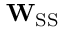
\mathbf { W } _ { \mathrm { S S } }